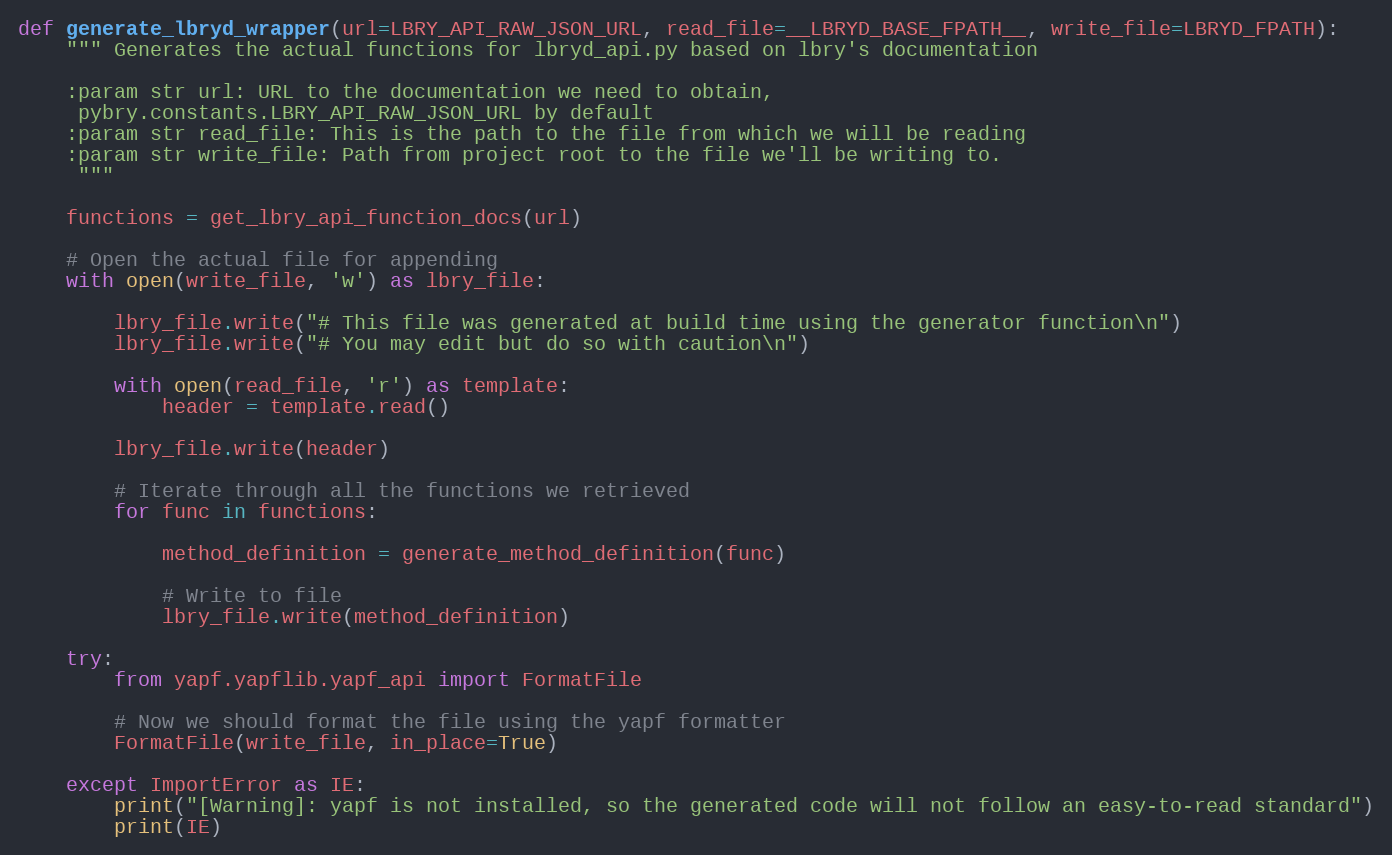
Language: Python
def generate_lbryd_wrapper(url=LBRY_API_RAW_JSON_URL, read_file=__LBRYD_BASE_FPATH__, write_file=LBRYD_FPATH):
    """ Generates the actual functions for lbryd_api.py based on lbry's documentation

    :param str url: URL to the documentation we need to obtain,
     pybry.constants.LBRY_API_RAW_JSON_URL by default
    :param str read_file: This is the path to the file from which we will be reading
    :param str write_file: Path from project root to the file we'll be writing to.
     """

    functions = get_lbry_api_function_docs(url)

    # Open the actual file for appending
    with open(write_file, 'w') as lbry_file:

        lbry_file.write("# This file was generated at build time using the generator function\n")
        lbry_file.write("# You may edit but do so with caution\n")

        with open(read_file, 'r') as template:
            header = template.read()

        lbry_file.write(header)

        # Iterate through all the functions we retrieved
        for func in functions:

            method_definition = generate_method_definition(func)

            # Write to file
            lbry_file.write(method_definition)

    try:
        from yapf.yapflib.yapf_api import FormatFile

        # Now we should format the file using the yapf formatter
        FormatFile(write_file, in_place=True)

    except ImportError as IE:
        print("[Warning]: yapf is not installed, so the generated code will not follow an easy-to-read standard")
        print(IE)